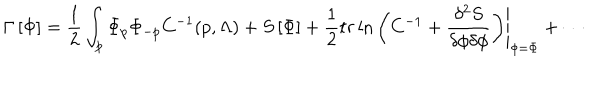
\Gamma \left[ \Phi \right] = \frac { 1 } { 2 } \int _ { p } \Phi _ { p } \Phi _ { - p } C ^ { - 1 } ( p , \Lambda ) + S \left[ \Phi \right] + \frac { 1 } { 2 } { t r } \ln \left. \left( C ^ { - 1 } + \frac { \delta ^ { 2 } S } { \delta \phi \delta \phi } \right) \right| _ { \phi = \Phi } + \cdots